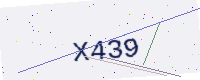
Text: X439